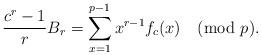
LaTeX: \begin{align*}\frac{c^r - 1}{r} B_{r} = \sum_{x=1}^{p-1} x^{r-1} f_c(x) \pmod p.\end{align*}